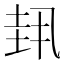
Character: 𫭳